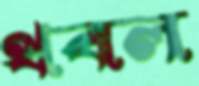
থবল